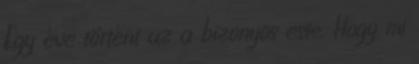
Egy éve történt az a bizonyos este. Hogy mi